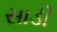
સાડી